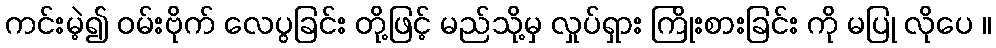
ကင်းမဲ့၍ ဝမ်းဗိုက် လေပွခြင်း တို့ဖြင့် မည်သို့မှ လှုပ်ရှား ကြိုးစားခြင်း ကို မပြု လိုပေ ။